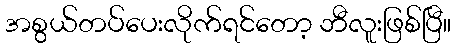
အစွယ်တပ်ပေးလိုက်ရင်တော့ ဘီလူးဖြစ်ပြီ။